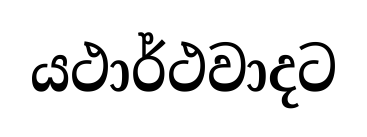
යථාර්ථවාදට